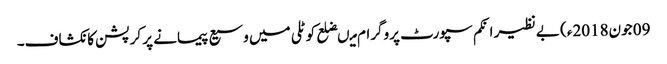
09 جون2018ء) بے نظیر انکم سپورٹ پروگرام میںضلع کوٹلی میں وسیع پیمانے پر کرپشن کا نکشاف۔